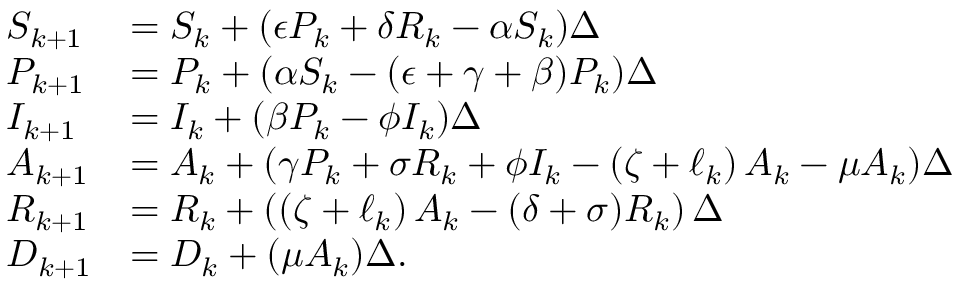
\begin{array} { l l } { S _ { k + 1 } } & { = S _ { k } + ( \epsilon P _ { k } + \delta R _ { k } - \alpha S _ { k } ) \Delta } \\ { P _ { k + 1 } } & { = P _ { k } + ( \alpha S _ { k } - ( \epsilon + \gamma + \beta ) P _ { k } ) \Delta } \\ { I _ { k + 1 } } & { = I _ { k } + ( \beta P _ { k } - \phi I _ { k } ) \Delta } \\ { A _ { k + 1 } } & { = A _ { k } + ( \gamma P _ { k } + \sigma R _ { k } + \phi I _ { k } - \left( \zeta + \ell _ { k } \right) A _ { k } - \mu A _ { k } ) \Delta } \\ { R _ { k + 1 } } & { = R _ { k } + \left( \left( \zeta + \ell _ { k } \right) A _ { k } - ( \delta + \sigma ) R _ { k } \right) \Delta } \\ { D _ { k + 1 } } & { = D _ { k } + ( \mu A _ { k } ) \Delta . } \end{array}